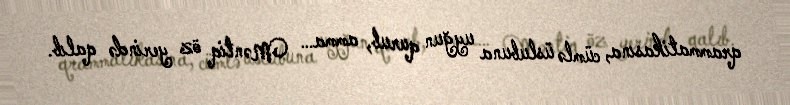
qrammatikasına, cümlə üslubuna uyğun qurub, amma… Məntiq öz yerində qalıb.